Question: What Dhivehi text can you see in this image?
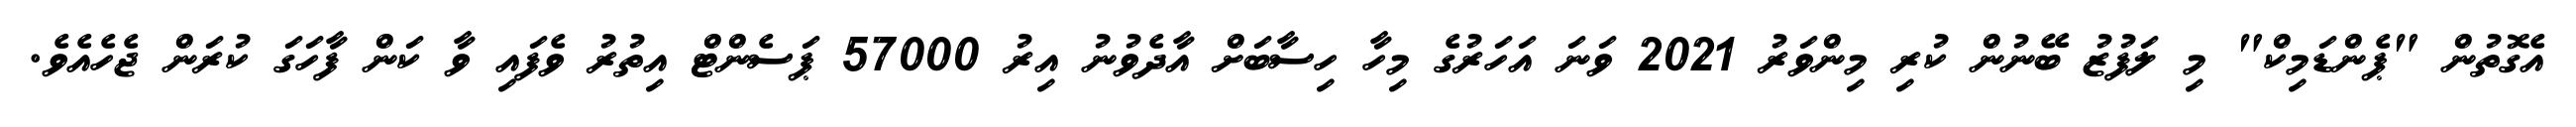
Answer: އެގޮތުން "ޕެންޑަމިކް" މި ލަފުޒު ބޭނުން ކުރި މިންވަރު 2021 ވަނަ އަހަރުގެ މިހާ ހިސާބަށް އާދެވުނު އިރު 57000 ޕަސެންޓް އިތުރު ވެފައި ވާ ކަން ފާހަގަ ކުރަން ޖެހެއެވެ.